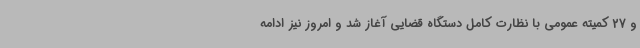
و 27 کمیته عمومی با نظارت کامل دستگاه قضایی آغاز شد و امروز نیز ادامه